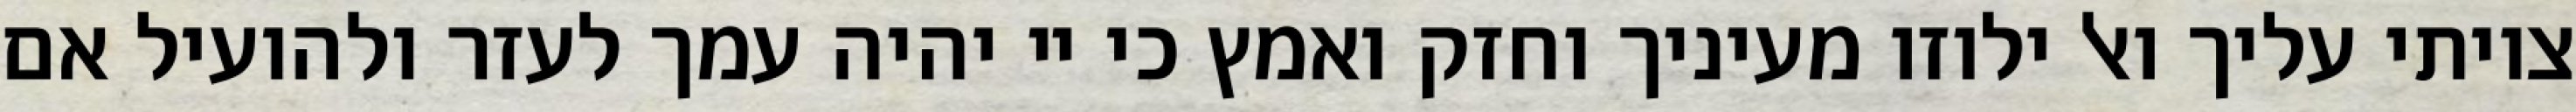
צויתי עליך ואל ילוזו מעיניך וחזק ואמץ כי יי יהיה עמך לעזר ולהועיל אם